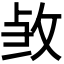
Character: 𭣫